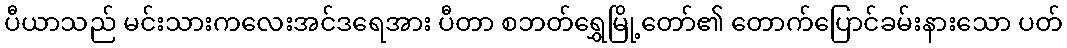
ပီယာသည် မင်းသားကလေးအင်ဒရေအား ပီတာ စဘတ်ရွှေမြို့တော်၏ တောက်ပြောင်ခမ်းနားသော ပတ်